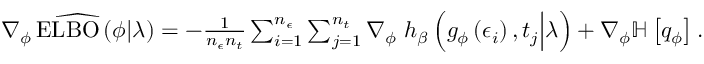
\begin{array} { r } { \widehat { \nabla _ { \phi } \operatorname { E L B O } \left( \phi \vert \lambda \right) } = - \frac { 1 } { n _ { \epsilon } n _ { t } } \sum _ { i = 1 } ^ { n _ { \epsilon } } \sum _ { j = 1 } ^ { n _ { t } } \nabla _ { \phi } \ h _ { \beta } \left( g _ { \phi } \left( \epsilon _ { i } \right) , t _ { j } \Big \vert \lambda \right) + \nabla _ { \phi } \mathbb { H } \left[ q _ { \phi } \right] . } \end{array}